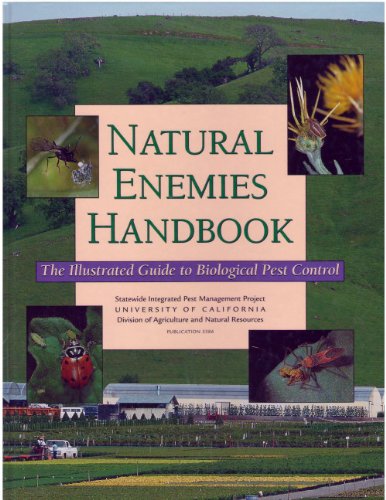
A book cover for Natural Enemies Handbook: The Illustrated Guide to Biological Pest Control (University of California, Division of Agriculture Publication # 3386); Mary Louise Flint; Crafts, Hobbies & Home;